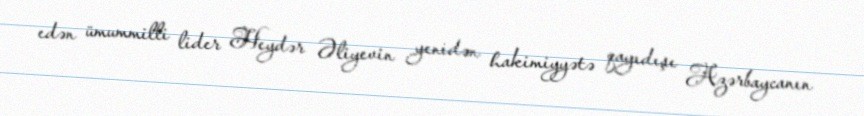
edən ümummilli lider Heydər Əliyevin yenidən hakimiyyətə qayıdışı Azərbaycanın